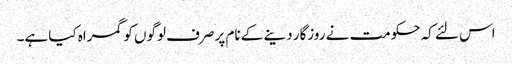
اس لئے کہ حکومت نے روزگار دینے کے نام پر صرف لوگوں کو گمراہ کیا ہے۔